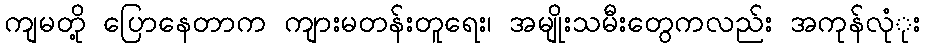
ကျမတို့ ပြောနေတာက ကျားမတန်းတူရေး၊ အမျိုးသမီးတွေကလည်း အကုန်လုံုး